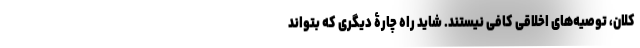
کلان، توصیه‌های اخلاقی کافی نیستند. شاید راه چارۀ دیگری که بتواند